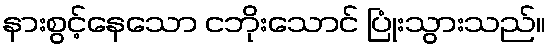
နားစွင့်နေသော ငဘိုးသောင် ပြုံးသွားသည်။